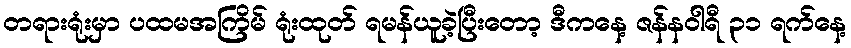
တရားရုံးမှာ ပထမအကြိမ် ရုံးထုတ် ရမန်ယူခဲ့ပြီးတော့ ဒီကနေ့ ဇန်နဝါရီ ၃၁ ရက်နေ့